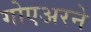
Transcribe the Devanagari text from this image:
गोएअरने